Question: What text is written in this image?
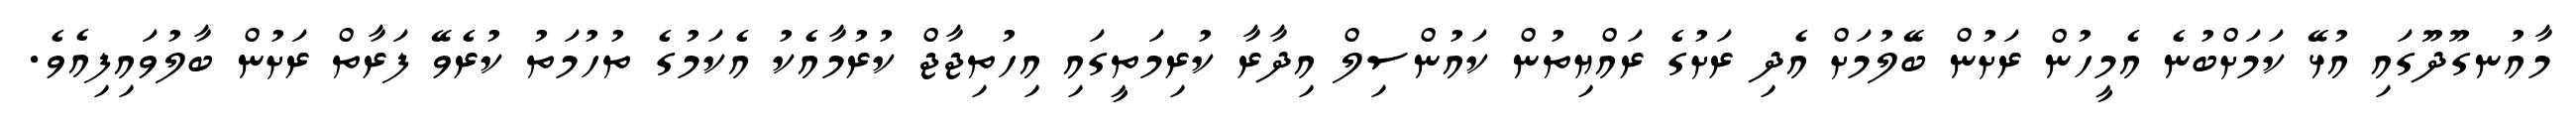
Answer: މާއުނގޫދޫގައި އުޅޭ ކަމަށްބުނެ އެމީހުން ރަށުން ބޭލުމަށް އެދި ރަށުގެ ރައްޔިތުން ކައުންސިލް އިދާރާ ކުރިމަތީގައި އިހުތިޖާޖް ކުރުމާއެކު އެކަމުގެ ތުހުމަތު ކުރެވޭ ފަރާތް ރަށުން ބާލުވައިފިއެވެ.